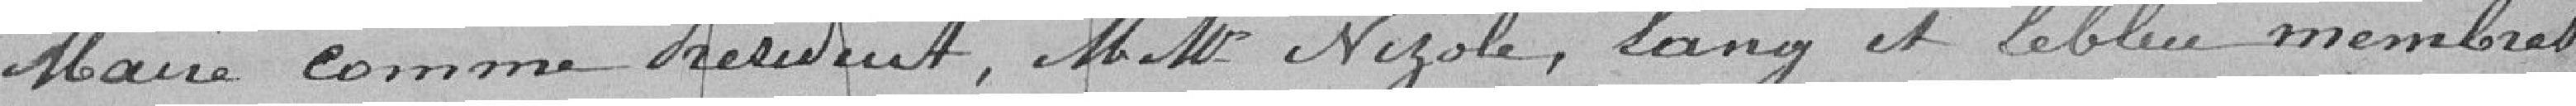
Maire comme Président, M. M. Nizole, Lang et Lebleu membres